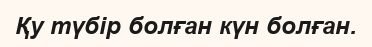
Қу түбір болған күн болған.